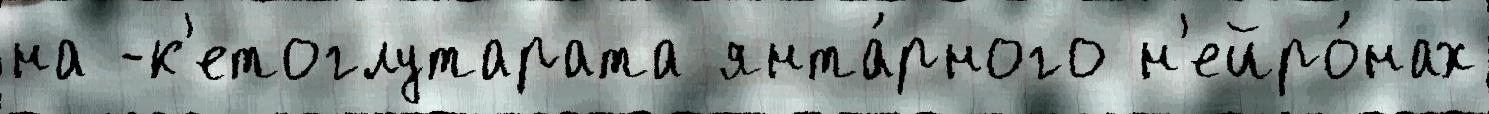
на -к'етоглутарата янта́рного н'ейро́нах